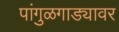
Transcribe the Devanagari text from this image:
पांगुळगाड्यावर